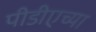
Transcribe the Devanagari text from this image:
पीडीएच्या